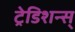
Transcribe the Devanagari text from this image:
ट्रेडिशन्स्‌